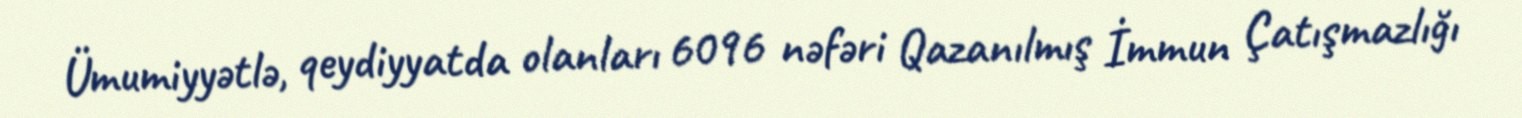
Ümumiyyətlə, qeydiyyatda olanları 6096 nəfəri Qazanılmış İmmun Çatışmazlığı